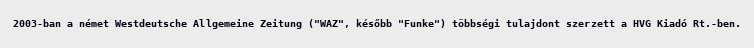
2003-ban a német Westdeutsche Allgemeine Zeitung ("WAZ", később "Funke") többségi tulajdont szerzett a HVG Kiadó Rt.-ben.